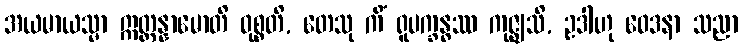
အယမာယသ္မာ ဣတ္ထန္နာမောတိ ဝုစ္စတိ, တေသု ကိံ ရူပက္ခန္ဓဿ ကုဇ္ဈသိ, ဥဒါဟု ဝေဒနာ သညာ